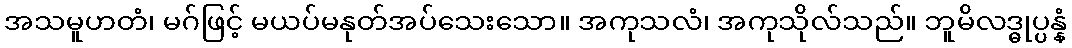
အသမူဟတံ၊ မဂ်ဖြင့် မယပ်မနုတ်အပ်သေးသော။ အကုသလံ၊ အကုသိုလ်သည်။ ဘူမိလဒ္ဓုပ္ပန္နံ